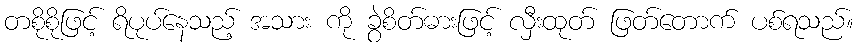
တစိုစိုဖြင့် ရိပုပ်နေသည့် အသား ကို ခွဲစိတ်ဓားဖြင့် လှီးထုတ် ဖြတ်တောက် ပစ်ရသည်။